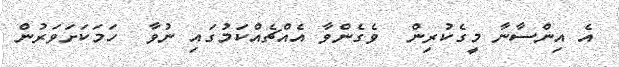
އެ އިންސާނާ މީގެކުރިން  ވެގެންވާ އެއްޗެއްކަމުގައި ނުވާ  ހަމަކަށަވަރުން